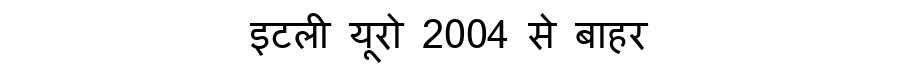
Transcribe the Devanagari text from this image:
इटली यूरो 2004 से बाहर